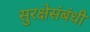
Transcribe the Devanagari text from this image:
सुरक्षेसंबंधी